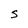
Character: S